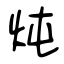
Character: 炖